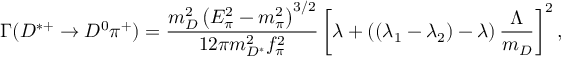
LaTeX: \Gamma ( D ^ { * + } \rightarrow D ^ { 0 } \pi ^ { + } ) = { \frac { m _ { D } ^ { 2 } \left( E _ { \pi } ^ { 2 } - m _ { \pi } ^ { 2 } \right) ^ { 3 / 2 } } { 1 2 \pi m _ { D ^ { * } } ^ { 2 } f _ { \pi } ^ { 2 } } } \left[ \lambda + \left( ( \lambda _ { 1 } - \lambda _ { 2 } ) - \lambda \right) { \frac { \Lambda } { m _ { D } } } \right] ^ { 2 } ,